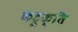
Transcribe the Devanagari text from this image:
कटूक्ति